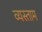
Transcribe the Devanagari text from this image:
व्यस्ताम